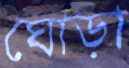
ঘোড়া